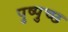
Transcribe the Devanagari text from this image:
पुष्पुच्छ